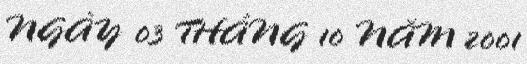
NGÀY 03 THÁNG 10 NĂM 2001